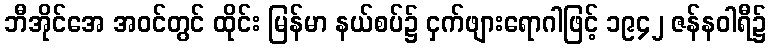
ဘီအိုင်အေ အဝင်တွင် ထိုင်း မြန်မာ နယ်စပ်၌ ငှက်ဖျားရောဂါဖြင့် ၁၉၄၂ ဇန်နဝါရီ၌